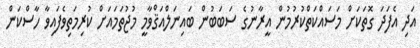
އަދި އެފަދަ ގޮތަކަށް މަސައްކަތްކުރުމުން އީރާނުގެ ސަބަބުން ބައިނަލްއަޤްވާމީ މުޖުތަމައަށް ކުރިމަތިވެފައިވާ ހާސްކަން